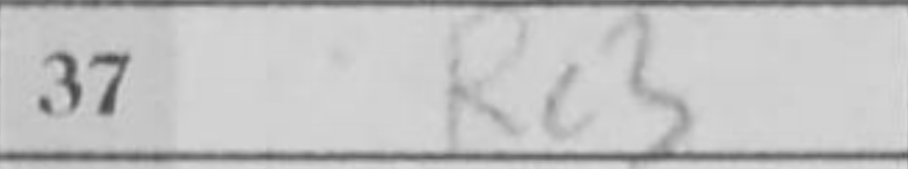
Transcription: Rc3